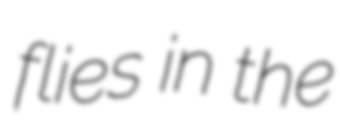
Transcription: flies in the